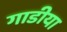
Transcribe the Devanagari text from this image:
गाडीया